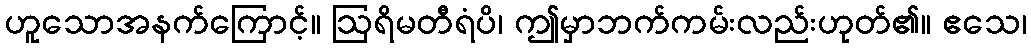
ဟူသောအနက်ကြောင့်။ ဩရိမတီရံပိ၊ ဤမှာဘက်ကမ်းလည်းဟုတ်၏။ ဧသေ၊